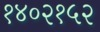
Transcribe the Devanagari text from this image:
१४०२१५२